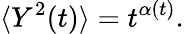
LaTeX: \langle Y^{2}(t)\rangle=t^{\alpha(t)}.